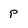
Character: p